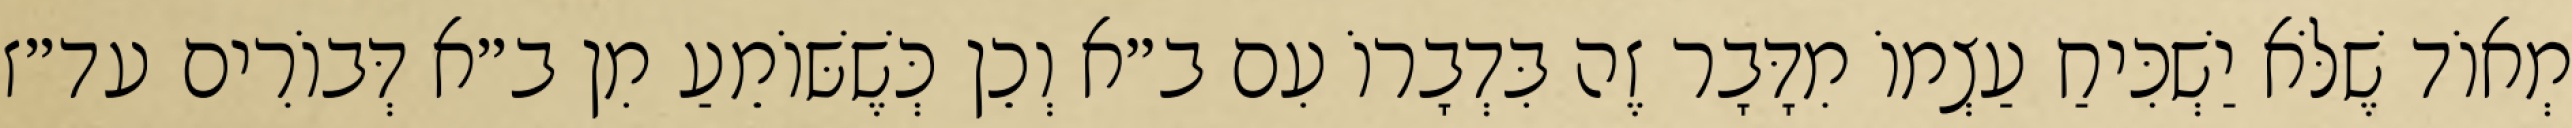
מְאוֹד שֶׁלֹּא יַשְׁכִּיחַ עַצְמוֹ מִדָּבָר זֶה בִּדְבָרוֹ עִם ב״א וְכֵן כְּשֶׁשּׁוֹמֵעַ מִן ב״א דְּבוֹרִים עד״ז